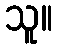
သူ။